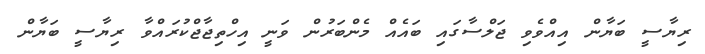
ރިޔާސީ ބަޔާން އިއްވެވި ޖަލްސާގައި ބައެއް މެންބަރުން ވަނީ އިހްތިޖާޖްކުރައްވާ ރިޔާސީ ބަޔާން